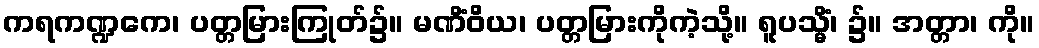
ကရကဏ္ဍကေ၊ ပတ္တမြားကြုတ်၌။ မဏိံဝိယ၊ ပတ္တမြားကိုကဲ့သို့။ ရူပသ္မိံ၊ ၌။ အတ္တာ၊ ကို။